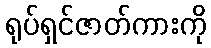
ရုပ်ရှင်ဇာတ်ကားကို